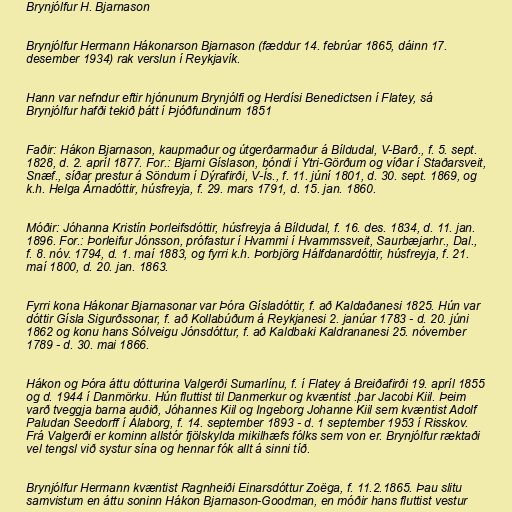
Brynjólfur H. Bjarnason

Brynjólfur Hermann Hákonarson Bjarnason (fæddur 14. febrúar 1865, dáinn 17.
desember 1934) rak verslun í Reykjavík.

Hann var nefndur eftir hjónunum Brynjólfi og Herdísi Benedictsen í Flatey, sá
Brynjólfur hafði tekið þátt í Þjóðfundinum 1851

Faðir: Hákon Bjarnason, kaupmaður og útgerðarmaður á Bíldudal, V-Barð., f. 5. sept.
1828, d. 2. apríl 1877. For.: Bjarni Gíslason, bóndi í Ytri-Görðum og víðar í Staðarsveit,
Snæf., síðar prestur á Söndum í Dýrafirði, V-Ís., f. 11. júní 1801, d. 30. sept. 1869, og
k.h. Helga Árnadóttir, húsfreyja, f. 29. mars 1791, d. 15. jan. 1860.

Móðir: Jóhanna Kristín Þorleifsdóttir, húsfreyja á Bíldudal, f. 16. des. 1834, d. 11. jan.
1896. For.: Þorleifur Jónsson, prófastur í Hvammi í Hvammssveit, Saurbæjarhr., Dal.,
f. 8. nóv. 1794, d. 1. maí 1883, og fyrri k.h. Þorbjörg Hálfdanardóttir, húsfreyja, f. 21.
maí 1800, d. 20. jan. 1863.

Fyrri kona Hákonar Bjarnasonar var Þóra Gísladóttir, f. að Kaldaðanesi 1825. Hún var
dóttir Gísla Sigurðssonar, f. að Kollabúðum á Reykjanesi 2. janúar 1783 - d. 20. júni
1862 og konu hans Sólveigu Jónsdóttur, f. að Kaldbaki Kaldrananesi 25. nóvember
1789 - d. 30. mai 1866.

Hákon og Þóra áttu dótturina Valgerði Sumarlínu, f. í Flatey á Breiðafirði 19. apríl 1855
og d. 1944 í Danmörku. Hún fluttist til Danmerkur og kvæntist .þar Jacobi Kiil. Þeim
varð tveggja barna auðið, Jóhannes Kiil og Ingeborg Johanne Kiil sem kvæntist Adolf
Paludan Seedorff í Álaborg, f. 14. september 1893 - d. 1 september 1953 í Risskov.
Frá Valgerði er kominn allstór fjölskylda mikilhæfs fólks sem von er. Brynjólfur ræktaði
vel tengsl við systur sína og hennar fók allt á sinni tíð.

Brynjólfur Hermann kvæntist Ragnheiði Einarsdóttur Zoëga, f. 11.2.1865. Þau slitu
samvistum en áttu soninn Hákon Bjarnason-Goodman, en móðir hans fluttist vestur